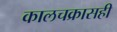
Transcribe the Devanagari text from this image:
कालचक्रासही